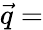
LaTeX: \vec{q}=